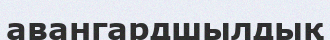
авангардшылдық